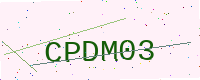
Text: CPDM03